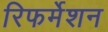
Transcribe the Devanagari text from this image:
रिफर्मेशन